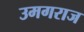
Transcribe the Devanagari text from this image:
उमगराज